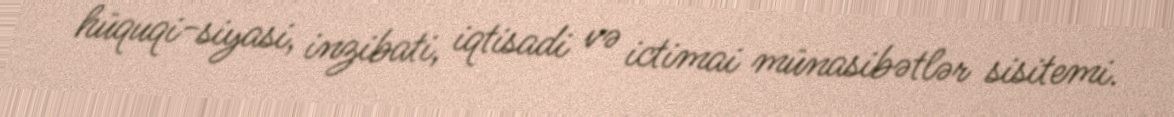
hüquqi-siyasi, inzibati, iqtisadi və ictimai münasibətlər sisitemi.